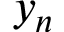
y _ { n }